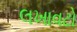
લખાવટો